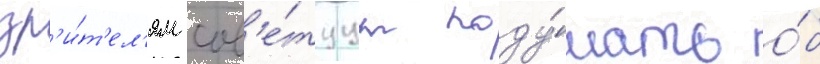
зр'и́т'ел'ям сов'е́туут поду́мать о́б